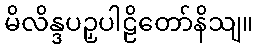
မိလိန္ဒပဉှပါဠိတော်နိသျ။